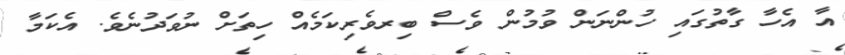
އާ އެހާ ގާތުގައި ހުންނަން ވުމުން ވެސް ބިރވެރިކަމެއް ހިތަށް ނުވަދުނެވެ. އެކަމާ